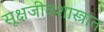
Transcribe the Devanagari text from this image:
सूक्षजीवशास्त्रात